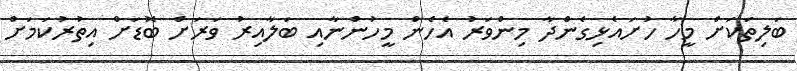
ބަލިތަކަށް މީހާ ހުށައެޅިގެންދާ މިންވަރު އެހެން މީހުންނާއި ބަލާއިރު ވަރަށް ބޮޑަށް އިތުރުކަމަށް